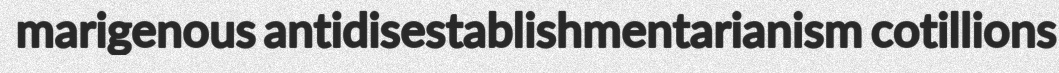
marigenous antidisestablishmentarianism cotillions